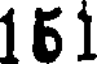
161